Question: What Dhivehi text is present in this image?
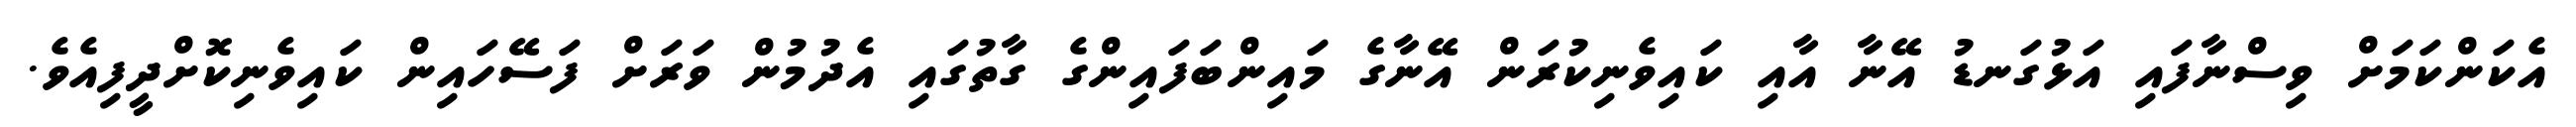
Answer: އެކަންކަމަށް ވިސްނާފައި އަޅުގަނޑު އޭނާ އާއި ކައިވެނިކުރަން އޭނާގެ މައިންބަފައިންގެ ގާތުގައި އެދުމުން ވަރަށް ފަސޭހައިން ކައިވެނިކޮށްދީފިއެވެ.